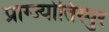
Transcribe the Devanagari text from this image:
प्राग्ज्योतिस्पुर